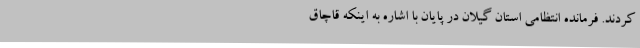
کردند. فرمانده انتظامی استان گیلان در پایان با اشاره به اینکه قاچاق